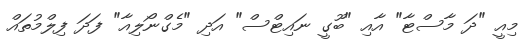
މިއީ "ދަ މާސްޓާ" އާއި "ބޫގީ ނައިޓްސް" އަދި "މެގްނޯލިއާ" ފަދަ ފިލްމުތައް